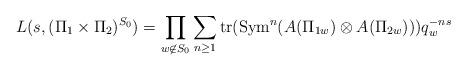
LaTeX: \begin{align*} L(s,(\Pi_1 \times \Pi_2)^{S_0}) =\prod_{w \not \in S_0} \sum_{n \geq 1}\mathrm{tr}(\mathrm{Sym}^n(A(\Pi_{1w}) \otimes A(\Pi_{2w})))q_w^{-ns}\end{align*}